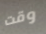
وقت